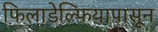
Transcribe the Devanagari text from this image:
फिलाडेल्फियापासून